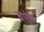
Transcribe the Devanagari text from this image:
बऐन्र